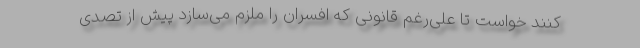
کنند خواست تا علی‌رغم قانونی که افسران را ملزم می‌سازد پیش از تصدی